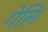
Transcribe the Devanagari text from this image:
गेलि